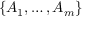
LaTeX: \{ A _ { 1 } , \dots , A _ { m } \}